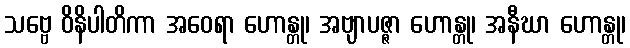
သဗ္ဗေ ဝိနိပါတိကာ အဝေရာ ဟောန္တု၊ အဗျာပဇ္ဇာ ဟောန္တု၊ အနီဃာ ဟောန္တု၊